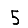
Digit: 5